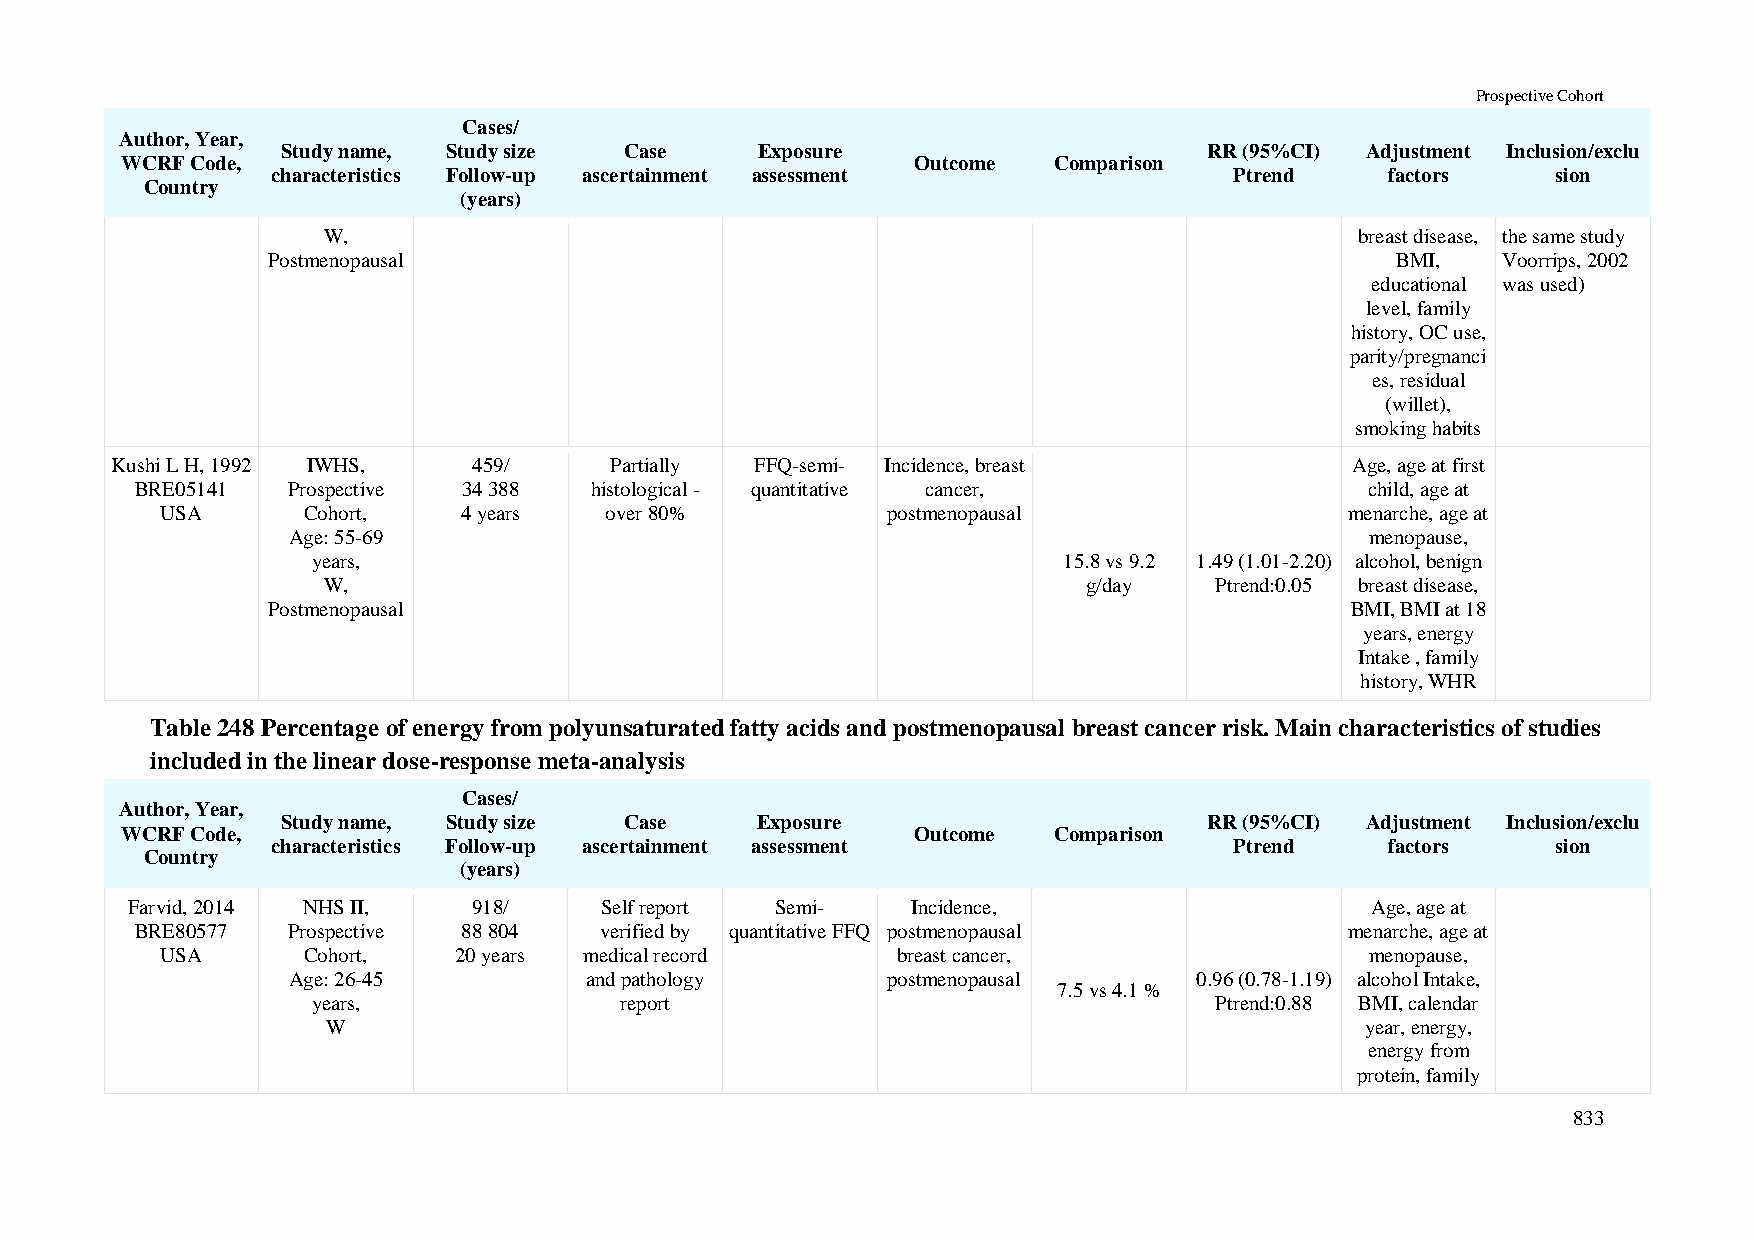
Prospective Cohort
 Cases/
 Author, Year,
 Study name, Study size Case    Exposure                      RR (95%CI) Adjustment Inclusion/exclu
 WCRF Code,                                           Outcome  Comparison
 characteristics Follow-up ascertainment assessment              Ptrend    factors    sion
 Country
 (years)
 W,                                                                   breast disease, the same study
 Postmenopausal                                                            BMI,   Voorrips, 2002
 educational was used)
 level, family
 history, OC use,
 parity/pregnanci
 es, residual
 (willet),
 smoking habits
 Kushi L H, 1992 IWHS,   459/     Partially FFQ-semi- Incidence, breast             Age, age at first
 BRE05141  Prospective 34 388  histological - quantitative cancer,                 child, age at
 USA      Cohort,    4 years  over 80%           postmenopausal                menarche, age at
 Age: 55-69                                                              menopause,
 years,                                           15.8 vs 9.2 1.49 (1.01-2.20) alcohol, benign
 W,                                                 g/day   Ptrend:0.05 breast disease,
 Postmenopausal                                                         BMI, BMI at 18
 years, energy
 Intake , family
 history, WHR
 Table 248 Percentage of energy from polyunsaturated fatty acids and postmenopausal breast cancer risk. Main characteristics of studies
 included in the linear dose-response meta-analysis
 Cases/
 Author, Year,
 Study name, Study size Case    Exposure                      RR (95%CI) Adjustment Inclusion/exclu
 WCRF Code,                                          Outcome   Comparison
 characteristics Follow-up ascertainment assessment              Ptrend    factors    sion
 Country
 (years)
 Farvid, 2014 NHS II,   918/     Self report Semi-   Incidence,                     Age, age at
 BRE80577  Prospective 88 804   verified by quantitative FFQ postmenopausal      menarche, age at
 USA      Cohort,   20 years medical record      breast cancer,                  menopause,
 Age: 26-45          and pathology       postmenopausal      0.96 (0.78-1.19) alcohol Intake,
 7.5 vs 4.1 %
 years,              report                                 Ptrend:0.88 BMI, calendar
 W                                                                   year, energy,
 energy from
 protein, family
 833